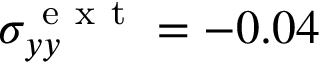
\sigma _ { y y } ^ { \mathrm { ~ e ~ x ~ t ~ } } = - 0 . 0 4